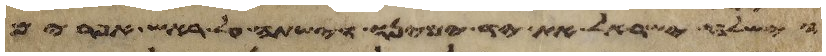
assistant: וישלח ישראל את יד ימינו וישתה על ראש אפרים